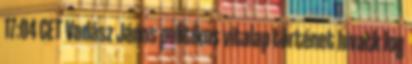
17:04 CET Vadász János politikus vitalap történet hivatk log